Vaccination in the Punjab 1919-1929 - 1919-1929
Year: 1919
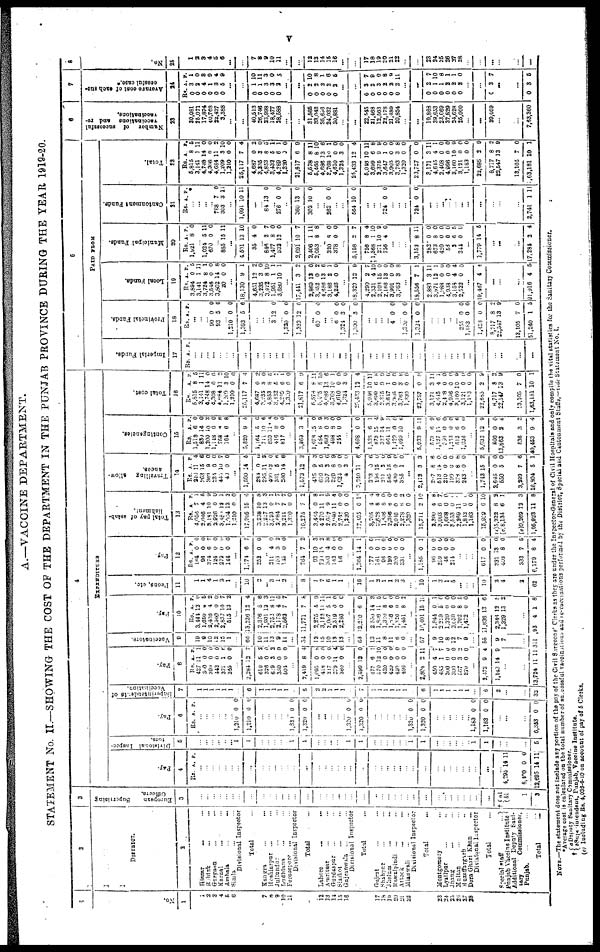
v
A.—VACCINE DEPARTMENT.
STATEMENT No. II.—SHOWING THE COST OF THE DEPARTMENT IN THE PUNJAB PROVINCE DURING THE YEAR 1919-20.
1
No.
1
1
2
3
4
5
6
7
8
9
10
11
12
13
14
15
16
17
18
19
20
21
22
23
24 25
26
27
28
2
DISTRICT.
2
Hissar ... ...
Rohtak ... ...
Gurgaon ... ...
Karnal ... ...
Ambala ... ...
Simla ... ...
Divisional Inspector
Total ...
Kangra ... ...
Hoshiarpur
... ...
Jullundur ... ...
Ludhiana ... ...
Ferozepore ... ...
Divisional Inspector
Total ...
Lahore ... ...
Amritsar ... ...
Gurdaspur ... ...
Sialkot ... ...
Gujranwala
... ...
Divisional Inspector
Total ...
Gujrat ... ...
Shahpur ... ...
Jhelum ... ...
Rawalpindi
... ...
Attock ... ...
Mianwali ... ...
Divisional Inspector
Total ...
Montgomery ...
Lyallpur ... ...
Jhang
...
...
Multan ... ...
Muzaffargarh ...
Dera Ghazi Khan ...
Divisional Inspector
Total ...
Special staff
...
Punjab Vaccine Institute
Additional Deputy Sani-
tary
Commissioner,
Punjab.
...
...
Total
...
3
European
Superising
Officers
3
...
...
...
...
...
...
...
...
...
...
...
...
...
...
...
...
...
...
...
...
...
...
...
...
...
...
...
...
...
...
...
...
...
...
...
...
...
...
† a1
b1
...
1
3
4
EXPENDITURE
Pay.
4
Rs. A. P.
...
...
...
...
...
...
...
...
...
...
...
...
...
...
...
...
...
...
...
...
...
...
...
...
...
...
...
...
...
...
...
...
...
...
...
...
...
...
...
4,295 14 11
...
8,400
12,695
0
14
0
11
Divisional Inspec-
tors.
5
...
...
...
... ...
...
1
1
...
...
...
...
...
1
1
...
...
...
...
...
1
1
...
...
...
...
...
...
1
1
...
...
...
...
...
... 1
1
...
...
...
...
5
Pay.
6
Rs. A. P.
...
...
...
...
...
...
1,210
1,210
0
0
0
0
...
...
...
...
...
1,330
1,320
0
0
0
0
...
...
...
...
...
1,320
1,320
0
0
0
6
...
...
...
...
...
...
l,320
1,320
0
0
0
0
...
...
...
...
...
...
1,183
1,183
0
0
0
0
...
...
...
...
6,353 0 0
Supurintendente of
Vaccination.
7
1
1
1
1
1
1
...
6
1
1
1
1
1
...
5
2
2
1
1
1
...
7
1
1
1
1
1
1
...
6
1
1
1
1
1
1
...
6
2
...
...
...
32
Pay.
8
RS.
427
360
399 442
371
345
A.
11
0
0
0
1
0
P.
1
0
0
0
6
0
...
2,284
610
326
620
350
504
13
5
0
3
0
0
7
2
0
2
0
0
...
2,419
1,095
418
317
379
360
8
0
0
0
11
0
4
8
0
0
4
0 ...
2,599
477
570
420
420
420
495
12
6
12
0
0
0
0
0
1
10
0
0 0
0
...
2,804
450
483
300
300
567
370
2
4
1
0
0
3
0
11
7
7
0
0
2
0
...
2,472
1,143
9
14
4
9
...
...
...
13,724
11 11
Vaccinatore.
9
19
9
10
12
15
1
...
66
10
11 13
9
11
...
54
12
15
10
13
13
...
63
13
11
8
11
8
6
...
57
9
10
8
12
7
9
...
55
9
7
...
...
311
Pay.
10
Rs.
3,401
1,650
2,468
2,360
2,837
515
A.
13
0
4
0
10
13
P.
0
5
2 0
7
2
...
13,236
2,376
1,901
2,752
2,178
2,562
13
5
13
8
4
7
4
6
3
11
5
7
...
11,771
2,275
3,122
2,007
2,519
2,286
7
5
11
5
0
0
8
9
11
1
0
0
...
12,210
2,550
1,896
1,320
1,956
1,326
l,451
6
14
11
8
6
0
8
9
3
5
0 0
0
2
...
10,401
1,844
2,259
1,320
3,629
1,702
1,472
15
0
5
0
0
8
0
11
1
0
0
0
5
0
...
11,636
2,346
1,329
13
12
13
6
5
2
...
...
934
1 8
Peons, etc.
11
1
1
4
1
3
1
...
10
2
...
3
1
2
...
8
1
7
6
1
1
...
16
1
2
1
1
2
3
...
10
1
3
1
5
...
...
...
10
2
4
...
2
62
Pay.
12
Rs.
164
96
374
124
272
244
A.
0
0
6
0 0
0
P.
0
0
7
0
0
0
...
1,174
252
6
0
7
0
...
211
153
115
4
3
0
0
2
0
...
764
93
739
363
142
96
7
10
15
4 0
0
2
3
2 8
0
0
...
1,364
177
161
96
120
390
331
14
0
0
0
0
0
0
1
0
1
0
0 0
0
...
1,185
96
259
48
214
0
0
0
0
0
1
0
0
0
0
...
...
...
617
331
403
0
13
8
0
0
0
...
333
6,179
7
8
5
4
Total pay of estab¬
lishment.
13
Rs.
4,056
2,046
3,181
2,926
3,481
1,634
1,210
17,905
3,238
2,227
3,593
2,684
3,211
1,220
16,275
3,484
4 270
2,657
3,940
2,742
1,320
17,495
3,205
2,628
1,836
2,396
2,016
2,278
1,320
15,711
2,390
3,003
1,668
3,553
2,269
1,842
1,183
15,909
(c)5,222
(c)8,134
A.
7
4
10
0
12
13
0
15
10
13
0
7
7
0
7
0
11
9
11
0
0
0
4
8
8
6
0
8
0
2
4
6
0
0
11
0
0
6
8
6
P.
1
5
8 0
1
2
0
6
8
3
1
7
7
0
2
8
1
9
4
0
0
12
4
4
0
0 0
2
0
10
8
7
0
0
0
0
0
10
2
1
...
(c)9,269
1,05,923
12
11
3
8
Travelling allow-
ances.
14
Rs
240
263
366
234
445
40
A.
11
15
9
0
10
0
P.
4
6
0
0
7
0
...
1,590
284
295
499
331
230
14
0
11
13
5
14
5
6
3
0
6
6
...
1,572
435
610
337
229
1,624
4
3,240
393
196
211
585
430
385
12
9
5
3
6
0
3
11
0
15
3
15
0
1
2
8
0
6 9
0
0
6
6
0
0
0
0
0
...
2,112
207
513
210
199
376
243
3
8
14
0
0
8
0
3
6
0
0
0
6 0
...
1,743
2,645
550
15
0
5
2
0
0
...
3,299
16,804
7
5
6
1
Contingencies.
15
Rs.
1,518
880
l,200
1,148
753
164
A.
6
14
10
0
0
6
P.
0
0
8 0
6
8
...
5,820
1,164
711
859
416
817
9
5
10
11
8
0
5
0
6
4 0
0
...
3,969
1,678
584
1,692
498
244
3
15
8
0
8
0
4
0
9
3
0
0
...
4,698
1 ,538
873
327
661
1,429
1,099
0
6
15
14
11
0
10
0
1
4
9
3
0 6
...
5,933
573
1,127
560
l,253
512
1,036
9
6
15
0
0
6
0
11
9
6
0
0
6
0
...
5,932
800
13,863
12
0
2
9
0
6
...
536
40,453
3
9
2
4
Total cost.
16
Rs.
5,515
3,141
4,748
4,308
4,684
1,269
1,210
25,117
4,687
3,235
4,853
3,432
4,289
1,320
21,817
5,578
5,485
4,686
3,768
4,610
1,324
25,433
5,946
3,699
2,375
3,647
3,965
3,763
1,320
23,757
3,171
4,615
2,408
4,996
3,160
3,121
1,183
22,685
8,717
22,547
A.
8
1
14
0
11
3
0
7
0
3
8
5
6
0
6
8
8
12
10
0
3
12
10
6
9
1
0
3
0
0
3
4
0
0
10
0
0
2
8
13
P.
5
11
0
0
2
10
0
4
2
0
5
1
1
0
9
11
10
6
1
0
0
4
11
8
9
0
0
8
0
0
11
1
0
0
9
0
0
9
3
9
...
13,105
1,63,181
7
10
0
1
5
PAID FROM
Imperial Funds.
17
Rs. A. P.
...
...
...
...
...
...
...
...
...
...
...
...
...
...
...
...
...
...
...
...
...
...
...
...
...
...
...
...
...
...
...
...
...
...
...
...
...
...
...
...
...
...
...
Provincial Funds.
18
RS.
A. P.
...
...
...
90
93 0 5
0
6
...
1,210
1,393
0
5
0
6
...
...
...
3 12 0
...
1,320
1,323
0
12
0
0
...
60 0 0
...
...
6
1,324
1,390
0
3
3
0
0
0
...
...
...
...
4 0 0
... 1,320
1,324
0
0
0
0
...
...
...
...
...
255
1,183
1,436
8,717
22,547
0
0
0
8
13
0
0
0
2
9
...
13,105
51,240
7
1
0
5
Local Funds.
19
RS.
3,894
3,141
3,724
3,548
3,802
20
A.
0
1
8
0
14
0
P.
5
11
1
0 8
0
...
18,130
4,651
3,235
3,922
1,951
3,680
9
12
3
8
1
10
1
2
0
10
1
1
...
17,441
2,869
3,352
4,688
3,186
4,226
3
13
0
13
2
0
2
0
2
6
1
0
...
18,320
4,290
2,331
2,103
2,168
3,901
3,763
12
2
4
15
13
0
3
9
7
10
0
0
0
8
...
18,556
2,889
3,971
1,988
4,938
3,158
2,522
7
3
13
0
0
4
0
1
11
1
0
0
4
0
...
19,467 4 4
....
...
...
...
91,916 4 5
Municipal Funds.
20
Rs.
1,921
A.
8
P.
0
...
1,024
670 5
0
1
0
...
885 15 11
...
4,501
35
13
4
10
0
...
646
1,477
332
2
8
13
7
0
0
...
2,691
2,406
2,053
10
1
8
7
11
8
...
320
378
8
0
0
0
...
5,158
756
1,368
271
756
2
8
1
10
4
7
4
10
9
0
...
...
...
3,152
282
673
420
58
2
344
8
0
8
0
0
6
0
11
0
0
0
0
5
0
...
1,779 14 5
...
...
...
...
17,284 3 4
Cantonment Funds.
21
Rs. A. P.
...
...
...
...
788
303
7
3
0
11
...
1,091 10 11
...
...
84 13 0
...
276 0 0
...
360
302
13
10
0
0
...
...
262 0 0
...
...
564 3 10 0
...
...
...
724 0 0
...
...
...
724 0 0
...
...
...
...
...
...
...
...
...
...
...
...
2,741 1 11
Total.
22
Rs.
5,815
3,141
4,748
4,308
4,684
1,209
1,210
25,117
4,687
3,835
4,853
3,438
4,289
1,320
21,817
5,578
5,465
4,686
3,768
4,610
1,324
25,433
5,046
3,699
2,375
3,647
3,905
3,763
1,320
23,757
8,171
4,645
2,408
4,996
3,160
3,121
1,183
22,685
8,717
22,547
A.
8 1
14
0
11
3
0
7
0
3
8
5
6
0
6
8
8
13
10
0
3
12
0
6
9
1
0
3
0
0
3
4
0
0
0
0
0
2
8
13
P.
5
11
0
0
2
10
0
4
2
0
5
1
1
0
9
11
10
6
1
0
0
4
11
8
9
0
0
8
0
0
11
1
0
0
9
0
0
0
2
9
...
13,105
1,63,181
7
10
0
1
6
Number of Successful
Vaccinations and re-
vaccinations.
23
30,081
25,071
17,874
40,768
22,437
3,388
...
...
40,513
26,746
23,998
18,477
28,588
...
...
31,565
33,042
35,696
24,032
30,881
...
...
22,545
21,468
12,563
22,178
21,489
20,854
...
...
19,868
39,653
23,669
37,829
24,628
25,000
...
39,059
...
...
...
7,63,360
7
Average cost of each suc¬
cessful case.
24
Rs.
0
0
0
0
0
0
A.
3
2
4
1 3
5
P.
1
0
3
9 4
9
...
...
0
0
0
0
0
1
1
3
3
2
10
11
3
0
5
...
...
0
0
0
0
0
2
2
2
2
2
10
8
1
6
5
...
...
0
0
0
0
0
0
3
2
3
2
2
2
7
9
0
8
9
11
...
...
0
0
0
0
0
0
2
1
1
2
2
2
7
10
8
1
1
0
...
...
0 3 7
...
...
...
0 3 5
8
No.
25
1
2
3
4
5
6
...
...
7
8
9
10
11
...
...
12
13
14
15
16
...
...
17
18
19
20
21
22
...
...
23
24
25
26
27
28
...
...
...
...
...
...
...
NOTE.—The statement does not include any portion of the pay of the Civil Surgeons Clerks as they are under the Inspector-General of Civil Hospitals and only compile the Total statistics for the sanitary Commissioner.
*Average cost is calculated on the total number of successful vaccinations and re-vaccinations performed by the District, Special and Cantonment Staffs,—vide Statement No. I.
†a Deputy Sanitary Commissioner.
b Suprientendent, Punjab, Vaccine Institute.
(c) Including Rs. 4,036-6-10 on account of pay of 5 Clerks.